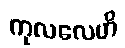
ကုလလေဟိ